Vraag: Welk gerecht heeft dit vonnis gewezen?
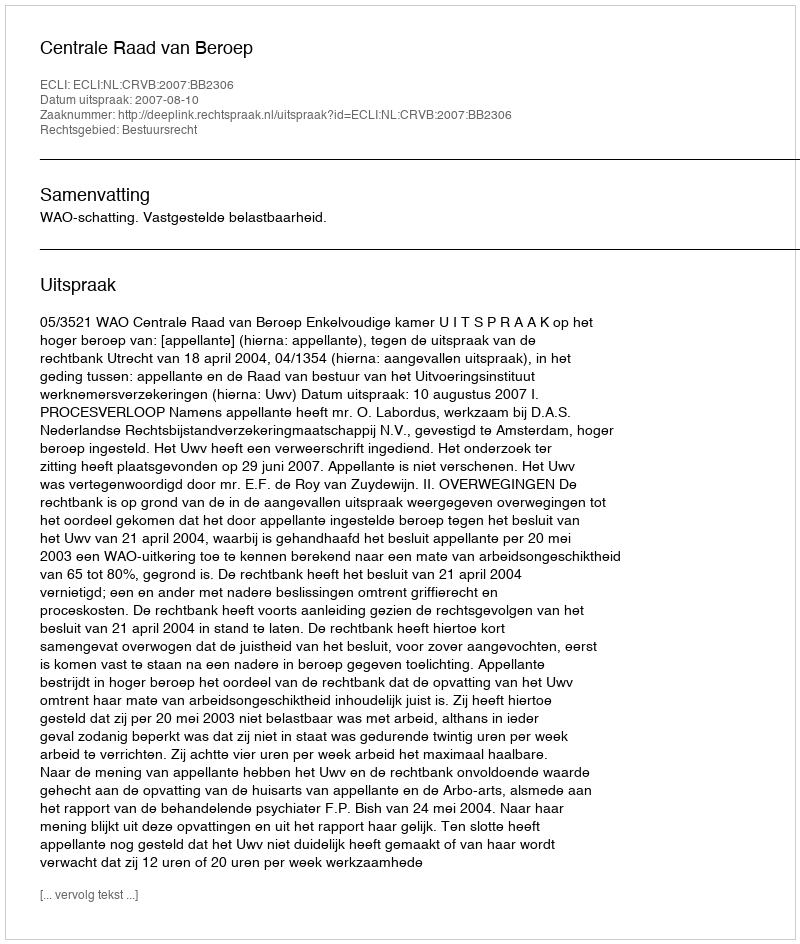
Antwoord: Centrale Raad van Beroep